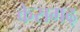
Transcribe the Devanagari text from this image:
केसगढ़